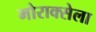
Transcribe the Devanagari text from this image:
मोराक्सेला